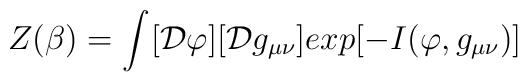
Z(\beta)=\int_{}^{}[{\cal D} \varphi] [{\cal D} g_{\mu\nu}] exp[-I(\varphi,g_{\mu\nu})]